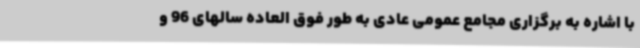
با اشاره به برگزاری مجامع عمومی عادی به طور فوق العاده سالهای 96 و